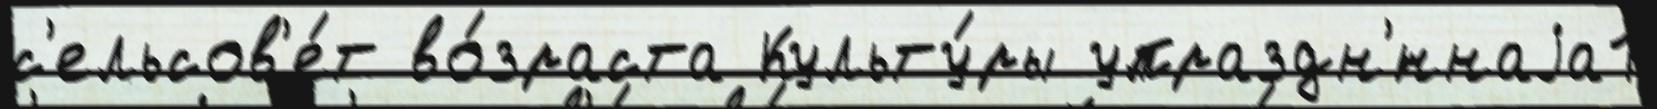
с'ельсов'е́т во́зраста Культу́ры упраздн'́ннаjа1